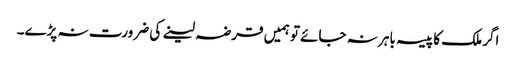
اگر ملک کا پیسہ باہر نہ جائے تو ہمیں قرضہ لینے کی ضرورت نہ پڑے۔